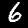
Digit: 6